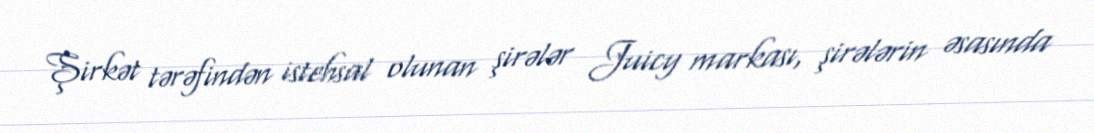
Şirkət tərəfindən istehsal olunan şirələr Juicy markası, şirələrin əsasında